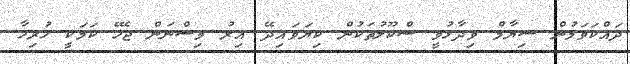
ދައްކަވަމުން ސިޔާމް ވިދާޅުވީ ސްކޫލުތަކުން ކިޔަވައިދޭ އިރު ވިސްނަން ޖެހޭ ކަމަކީ ހުރިހާ